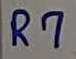
Text: R7